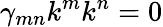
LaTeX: \gamma_{mn}k^{m}k^{n}=0